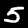
Digit: 5